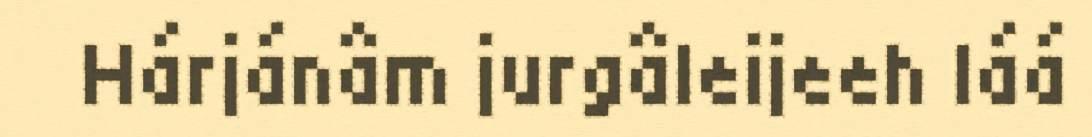
Hárjánâm jurgâleijeeh láá